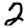
Digit: 2